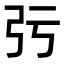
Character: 㢪